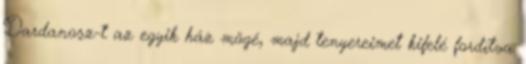
Dardanosz-t az egyik ház mögé, majd tenyereimet kifelé fordítva